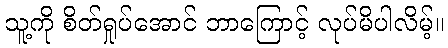
သူ့ကို စိတ်ရှုပ်အောင် ဘာကြောင့် လုပ်မိပါလိမ့်။